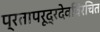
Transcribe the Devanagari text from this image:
प्रतापरूद्रदेवविरचित